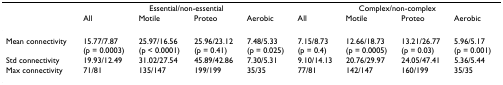
|  | <COLSPAN=4> Essential/non-essential | <COLSPAN=4> Complex/non-complex |
 |  | All | Motile | Proteo | Aerobic | All | Motile | Proteo | Aerobic |
 | --- | --- | --- | --- | --- | --- | --- | --- | --- |
 | Mean connectivity | 15.77/7.87(p = 0.0003) | 25.97/16.56(p < 0.0001) | 25.96/23.12(p = 0.41) | 7.48/5.33(p = 0.025) | 7.15/8.73(p = 0.4) | 12.66/18.73(p = 0.0005) | 13.21/26.77(p = 0.03) | 5.96/5.17(p = 0.001) |
 | Std connectivity | 19.93/12.49 | 31.02/27.54 | 45.89/42.86 | 7.30/5.31 | 9.10/14.13 | 20.76/29.97 | 24.05/47.41 | 5.36/5.44 |
 | Max connectivity | 71/81 | 135/147 | 199/199 | 35/35 | 77/81 | 142/147 | 160/199 | 35/35 |